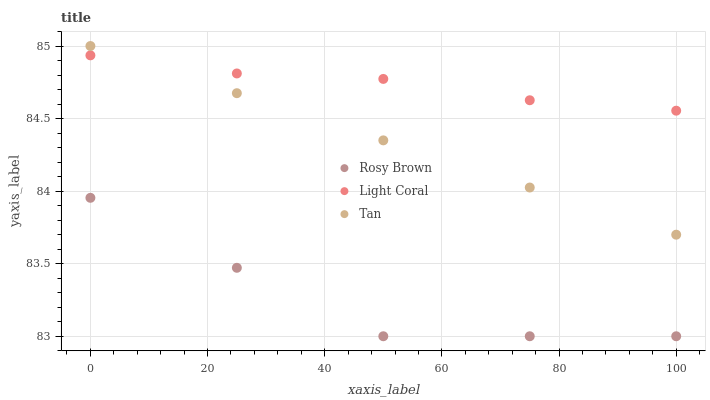
| xaxis_label | Rosy Brown | Light Coral | Tan |
 | --- | --- | --- | --- |
 | 0 | 84 | 84.9 | 85 |
 | 25 | 83.5 | 84.8 | 84.7 |
 | 50 | 83 | 84.8 | 84.3 |
 | 75 | 83 | 84.6 | 84 |
 | 100 | 83 | 84.6 | 83.7 |